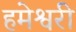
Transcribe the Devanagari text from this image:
हमेश्वरी